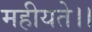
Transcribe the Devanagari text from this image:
महीयते।।